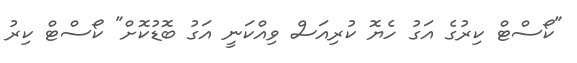
"ކޯސްޓް ކިރުގެ އަގު ހެޔޮ ކުރިއަސް ވިއްކަނީ އަގު ބޮޑުކޮށް" ކޯސްޓް ކިރު